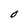
Character: 0